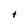
Character: t